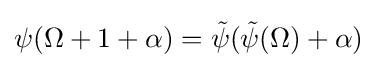
\psi (\Omega +1+\alpha )={\tilde {\psi }}({\tilde {\psi }}(\Omega )+\alpha )